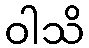
ဝါသိ